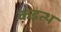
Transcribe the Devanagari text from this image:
कइत्थ